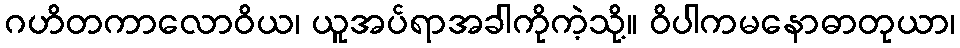
ဂဟိတကာလောဝိယ၊ ယူအပ်ရာအခါကိုကဲ့သို့။ ဝိပါကမနောဓာတုယာ၊